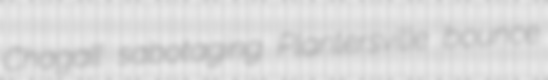
Chagall sabotaging Plantersville bounce